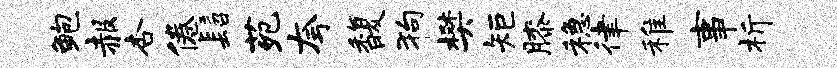
鲍赧杏倦髫苑夸馥狗樊矩膝稳律稚事析